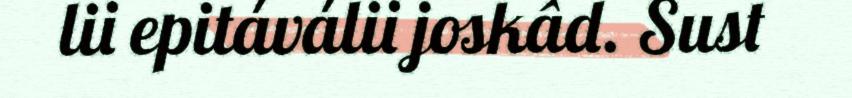
lii epitáválii joskâd. Sust